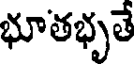
భూతభృతే